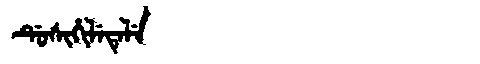
Manchu: ᡩᡠᠰᡳᡥᡳᠯᡝᡨᡝᠯᡝ
Romanization: DUSIHILETELE